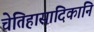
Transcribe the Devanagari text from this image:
चेतिहासादिकानि